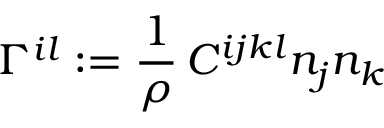
\Gamma ^ { i l } : = \frac 1 \rho \, C ^ { i j k l } n _ { j } n _ { k }